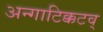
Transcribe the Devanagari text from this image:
अन्गाटिक्कटव्